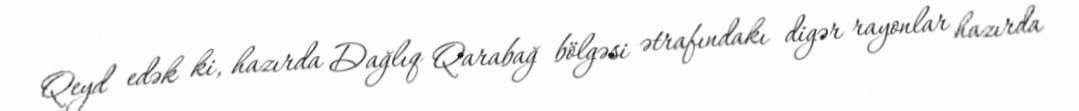
Qeyd edək ki, hazırda Dağlıq Qarabağ bölgəsi ətrafındakı digər rayonlar hazırda